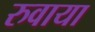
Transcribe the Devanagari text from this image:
रुवाया